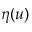
\eta ( u )